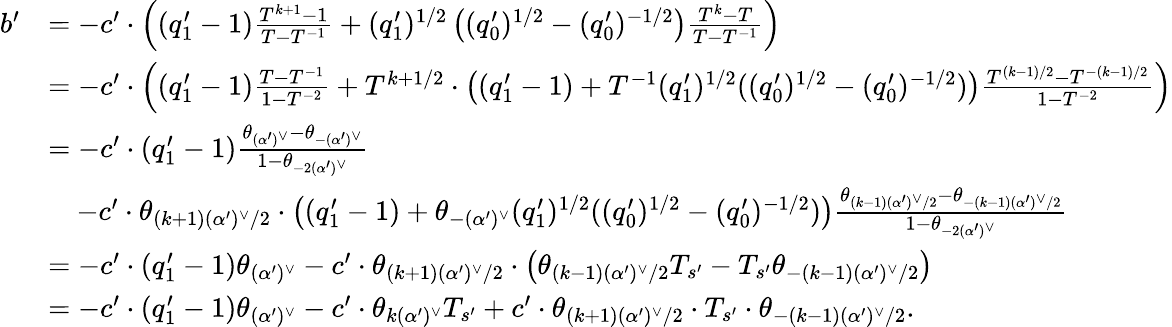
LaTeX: \begin{array}{rl}{b^{\prime}}&{=-c^{\prime}\cdot\left((q_{1}^{\prime}-1)\frac{T^{k+1}-1}{T-T^{-1}}+(q_{1}^{\prime})^{1/2}\left((q_{0}^{\prime})^{1/2}-(q_{0}^{\prime})^{-1/2}\right)\frac{T^{k}-T}{T-T^{-1}}\right)}\\ &{=-c^{\prime}\cdot\left((q_{1}^{\prime}-1)\frac{T-T^{-1}}{1-T^{-2}}+T^{k+1/2}\cdot\left((q_{1}^{\prime}-1)+T^{-1}(q_{1}^{\prime})^{1/2}((q_{0}^{\prime})^{1/2}-(q_{0}^{\prime})^{-1/2})\right)\frac{T^{(k-1)/2}-T^{-(k-1)/2}}{1-T^{-2}}\right)}\\ &{=-c^{\prime}\cdot(q_{1}^{\prime}-1)\frac{\theta_{(\alpha^{\prime})^{\vee}}-\theta_{-(\alpha^{\prime})^{\vee}}}{1-\theta_{-2(\alpha^{\prime})^{\vee}}}}\\ &{\quad-c^{\prime}\cdot\theta_{(k+1)(\alpha^{\prime})^{\vee}/2}\cdot\left((q_{1}^{\prime}-1)+\theta_{-(\alpha^{\prime})^{\vee}}(q_{1}^{\prime})^{1/2}((q_{0}^{\prime})^{1/2}-(q_{0}^{\prime})^{-1/2})\right)\frac{\theta_{(k-1)(\alpha^{\prime})^{\vee}/2}-\theta_{-(k-1)(\alpha^{\prime})^{\vee}/2}}{1-\theta_{-2(\alpha^{\prime})^{\vee}}}}\\ &{=-c^{\prime}\cdot(q_{1}^{\prime}-1)\theta_{(\alpha^{\prime})^{\vee}}-c^{\prime}\cdot\theta_{(k+1)(\alpha^{\prime})^{\vee}/2}\cdot\left(\theta_{(k-1)(\alpha^{\prime})^{\vee}/2}T_{s^{\prime}}-T_{s^{\prime}}\theta_{-(k-1)(\alpha^{\prime})^{\vee}/2}\right)}\\ &{=-c^{\prime}\cdot(q_{1}^{\prime}-1)\theta_{(\alpha^{\prime})^{\vee}}-c^{\prime}\cdot\theta_{k(\alpha^{\prime})^{\vee}}T_{s^{\prime}}+c^{\prime}\cdot\theta_{(k+1)(\alpha^{\prime})^{\vee}/2}\cdot T_{s^{\prime}}\cdot\theta_{-(k-1)(\alpha^{\prime})^{\vee}/2}.}\end{array}